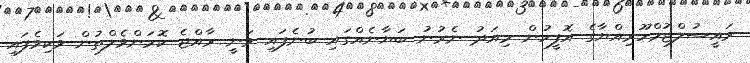
ރައީސުލްޖުމްހޫރިއްޔާގެ އޮފީހުން މިއަދު ނެރުނު ބަޔާނެއްގައި ބުނެފައި ވަނީ ރާއްޖެ ކޮމަންވެލްތުން ވަކިވެފައި